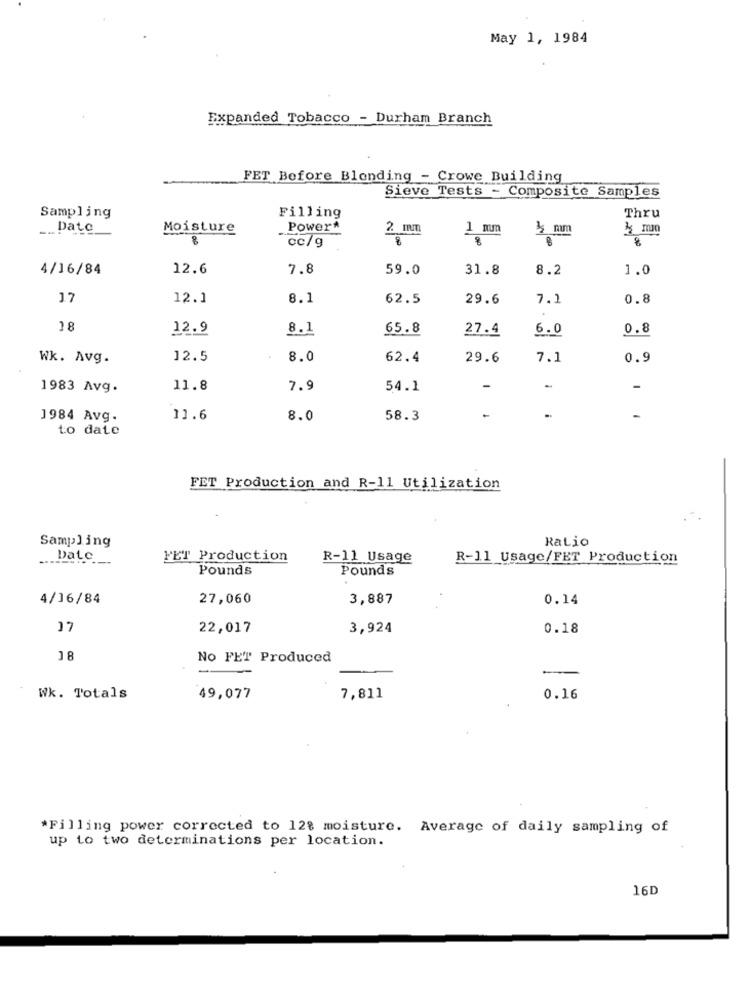
May 1, 1984
Expanded Tobacco - Durham Branch
FET Before Blending - Crowe Building
Sieve Tests - Composite Samples
Thru
Sampling
Filling
Date
Moisture
Power*
2 mm
1 mm
cc/g
8
4/16/84
12.6
7.8
59.0
31.8
8.2
1.0
17
12.1
8.1
62.5
29.6
7.1
0.8
18
12.9
8.1
65.8
27.4
6.0
0.8
Wk. Avg.
12.5
8.0
62.4
29.6
7.1
0.9
1983 Avg.
11.8
7.9
54.1
-
-
-
1984 Avg.
11.6
8.0
58.3
-
to date
FET Production and R-11 Utilization
Sampling
Ratio
Date
MET Production
R-11 Usage
R-11_Usage/FET Production
Pounds
Pounds
4/16/84
27,060
3,887
0.14
17
22,017
3,924
0.18
18
No FET Produced
Wk. Totals
49,077
7,811
0.16
*Filling power corrected to 128 moisture. Average of daily sampling of
up to two determinations per location.
16D